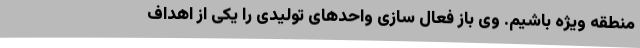
منطقه ویژه باشیم. وی باز فعال سازی واحدهای تولیدی را یکی از اهداف